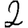
Digit: 2